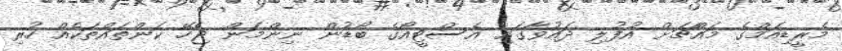
މެރީޑިއަމްގެ މައްޗަށް އުފުލި ދައުވާގައި އެސްޓީއޯގެ ބޯޑުން ނިންމަން ޖެހޭ ކަންތައްތަކެއް ހުރި